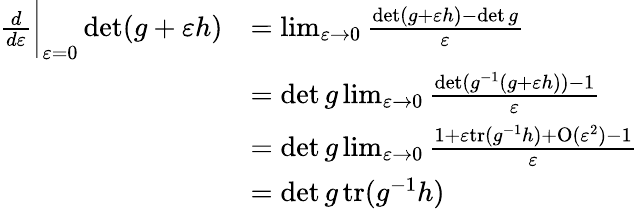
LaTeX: \begin{array}{rl}{\frac{d}{d\varepsilon}\bigg\vert_{\varepsilon=0}\operatorname*{det}(g+\varepsilon h)}&{=\operatorname*{lim}_{\varepsilon\rightarrow 0}\frac{\operatorname*{det}(g+\varepsilon h)-\operatorname*{det}g}{\varepsilon}}\\ &{=\operatorname*{det}g\operatorname*{lim}_{\varepsilon\rightarrow 0}\frac{\operatorname*{det}(g^{-1}(g+\varepsilon h))-1}{\varepsilon}}\\ &{=\operatorname*{det}g\operatorname*{lim}_{\varepsilon\rightarrow 0}\frac{1+\varepsilon\mathrm{tr}(g^{-1}h)+\mathrm{O}(\varepsilon^{2})-1}{\varepsilon}}\\ &{=\operatorname*{det}g\, \mathrm{tr}(g^{-1}h)}\end{array}